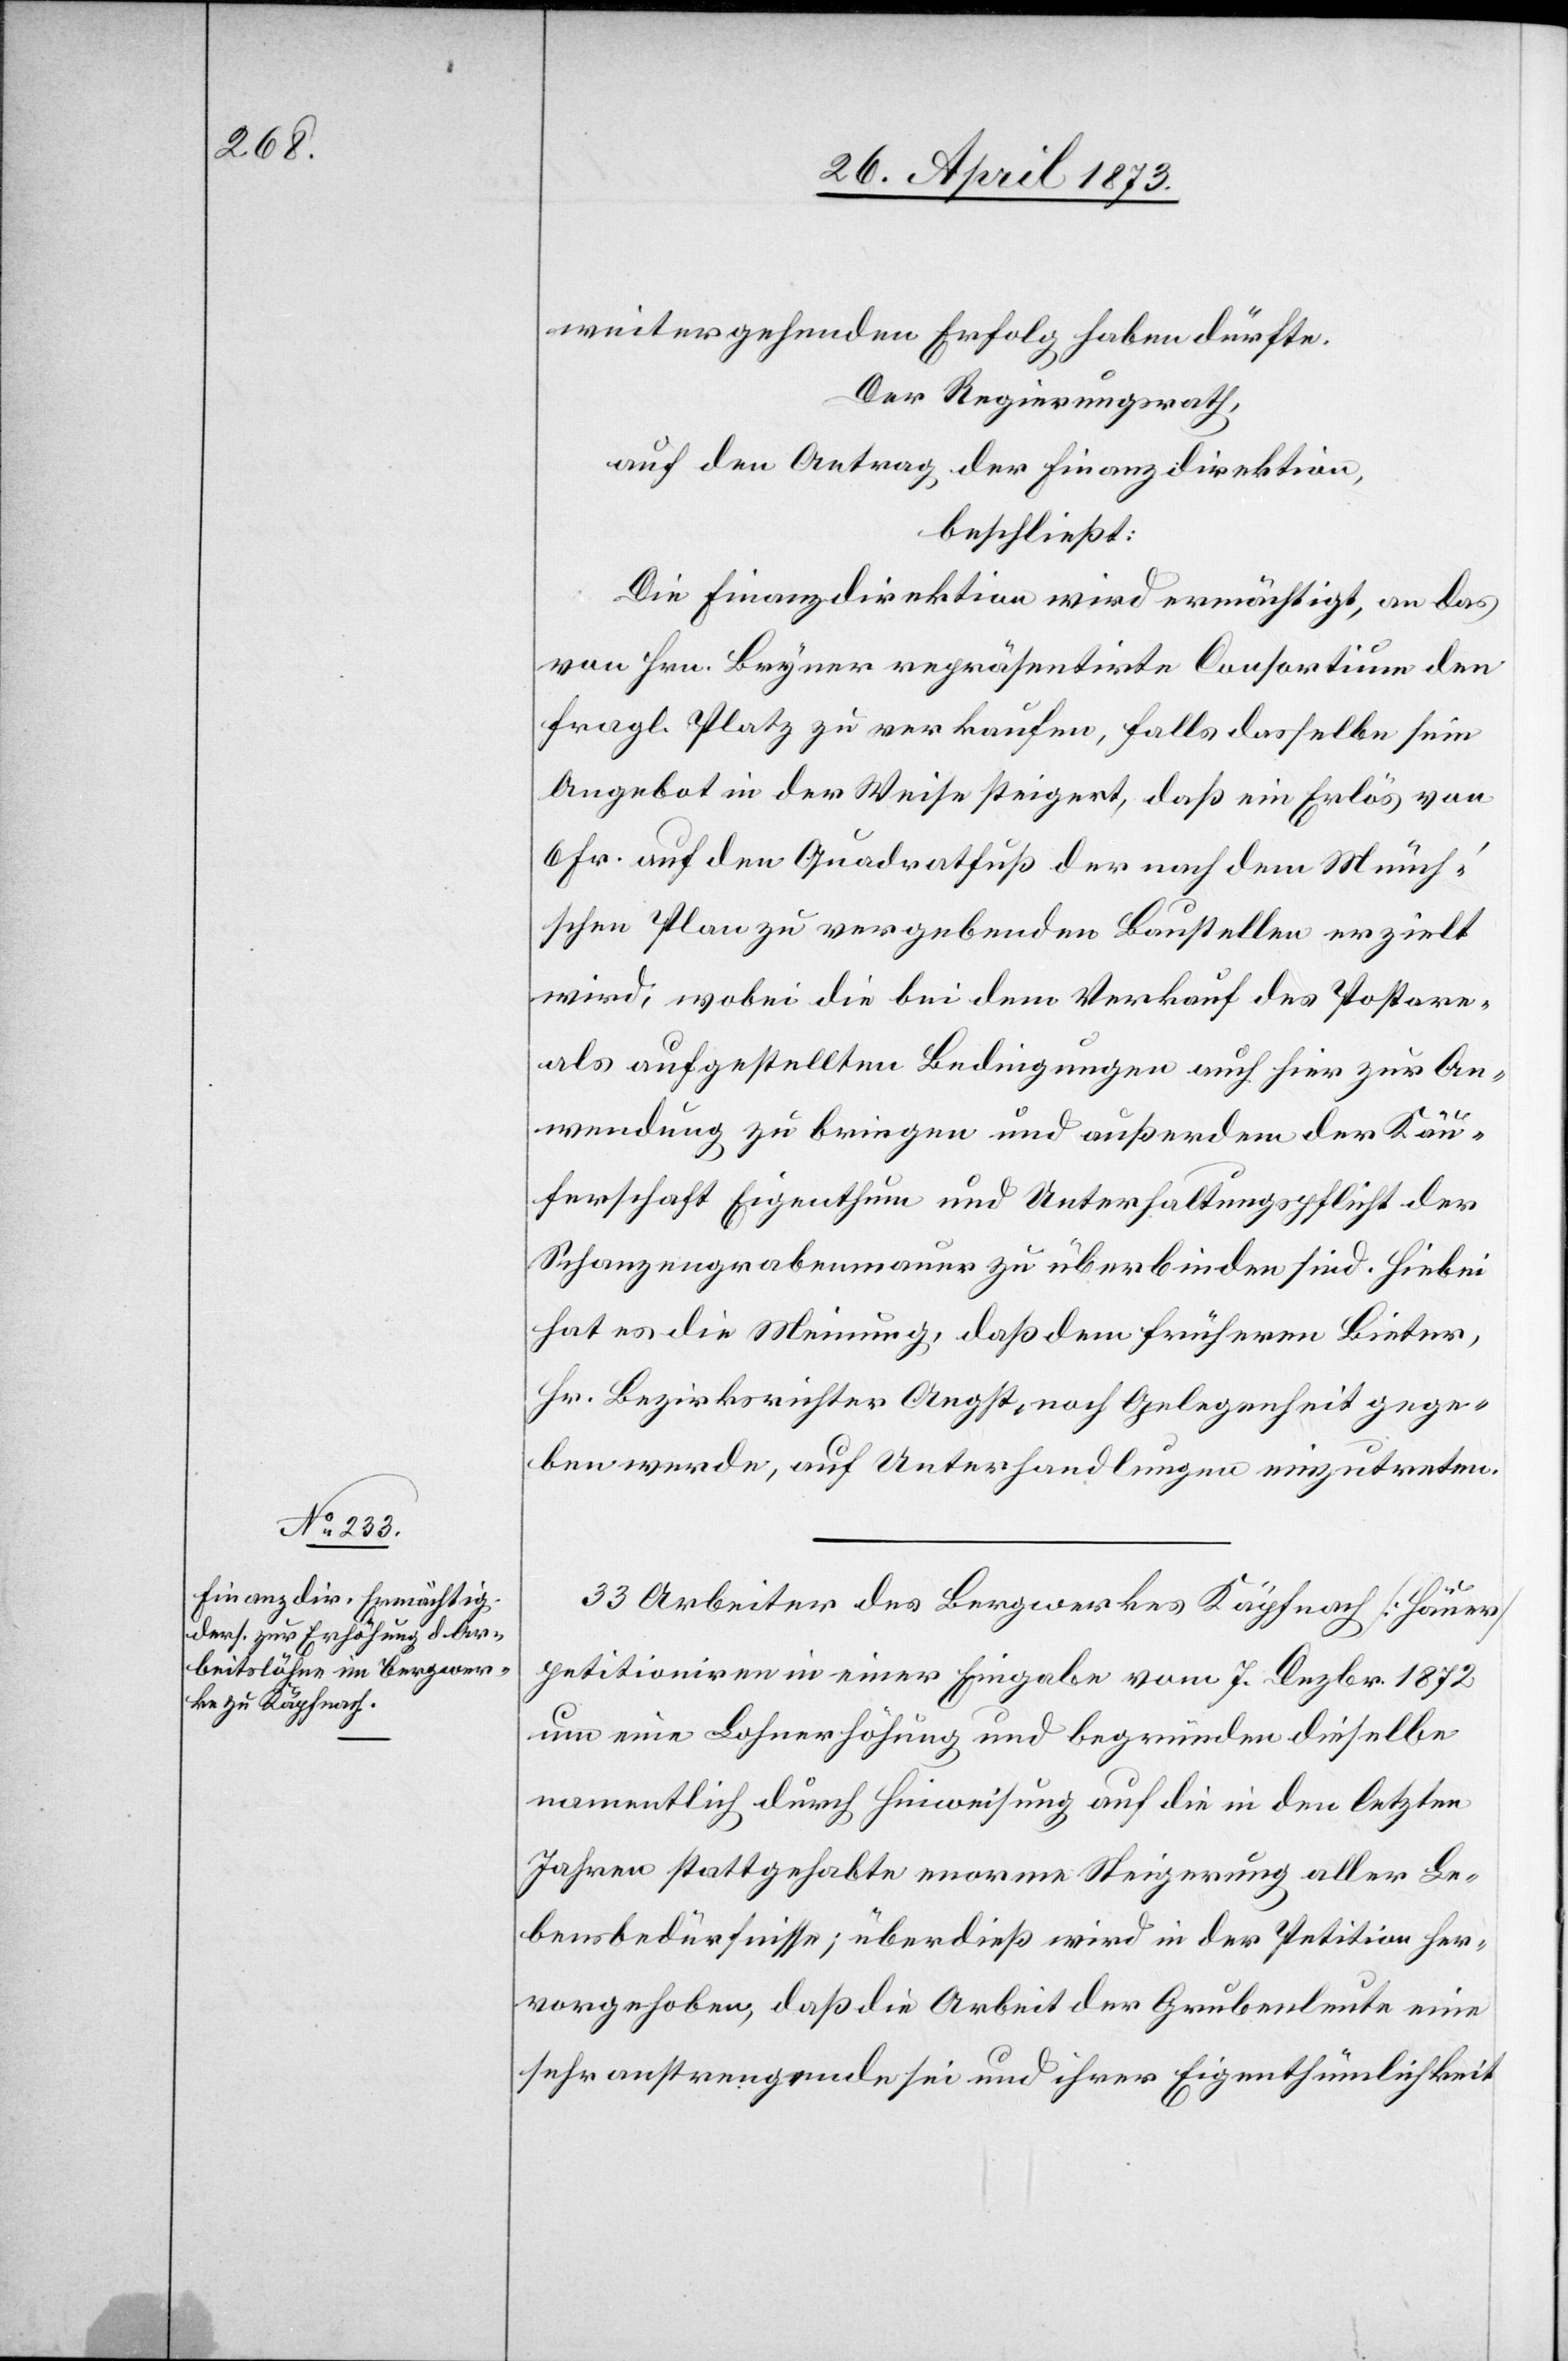
weitergehenden Erfolg haben dürfte.
Der Regierungsrath,
auf den Antrag der Finanzdirektion,
beschließt:
Die Finanzdirektion wird ermächtigt, an das
von Hrn. Bryner repräsentirte Consortium den
fragl. Platz zu verkaufen, falls dasselbe sein
Angebot in der Weise steigert, daß ein Erlös von
6 Fr. auf den Quadratfuß der nach dem Münch’s¬
chen Plan zu vergebenden Baustellen erzielt
wird, wobei die bei dem Verkauf des Postare¬
als aufgestellten Bedingungen auch hier zur An¬
wendung zu bringen und außerdem der Käu¬
ferschaft Eigenthum und Unterhaltungspflicht der
Schanzengrabenmauer zu überbinden sind. Hiebei
hat es die Meinung, daß dem früheren Bieter,
Hr. Bezirksrichter Angst, noch Gelegenheit gege¬
ben werde, auf Unterhandlungen einzutreten.
33 Arbeiter des Bergwerkes Käpfnach [Häuer]
petitioniren in einer Eingabe vom 7. Dezbr. 1872
um eine Lohnerhöhung und begründen dieselbe
namentlich durch Hinweisung auf die in den letzten
Jahren stattgehabte enorme Steigerung aller Le¬
bensbedürfnisse; überdieß wird in der Petition her¬
vorgehoben, daß die Arbeit der Grubenleute eine
sehr anstrengende sei und ihrer Eigenthümlichkeit